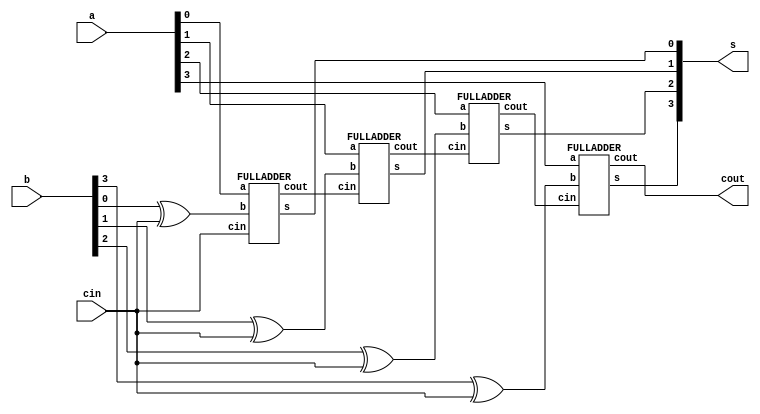
module FOURbitFULLADDER(s, cout, a, b, cin);
input [3:0] a, b;
input cin;
output [3:0] s;
output cout;

xor (bw0, b[0], cin);
xor (bw1, b[1], cin);
xor (bw2, b[2], cin);
xor (bw3, b[3], cin);
FULLADDER fa0(s[0], c1, a[0], bw0, cin);
FULLADDER fa1(s[1], c2, a[1], bw1, c1);
FULLADDER fa2(s[2], c3, a[2], bw2, c2);
FULLADDER fa3(s[3], cout, a[3], bw3, c3);

endmodule

module FULLADDER(s, cout, a, b, cin);
input a, b, cin;
output s, cout;

xor (w1, a, b);
xor (s, w1, cin);
and (w2, w1, cin);
and (w3, a, b);
or (cout, w2, w3);

endmodule

module FOURbitFULLADDER_TEST;
reg [3:0] a, b;
reg cin;
wire [3:0] s;
wire cout;

FOURbitFULLADDER ex(s, cout, a, b, cin);

initial
begin
a=4'd0; b=4'd0; cin=0;
#100 a=4'd0; b=4'd0; cin=1;
#100 a=4'd0; b=4'd1; cin=0;
#100 a=4'd1; b=4'd0; cin=1;
#100 a=4'd3; b=4'd2; cin=0;
#100 a=4'd3; b=4'd2; cin=1;
#100 a=4'd5; b=4'd4; cin=0;
#100 a=4'd5; b=4'd2; cin=1;
#100 a=4'd4; b=4'd8; cin=0;
#100 a=4'd4; b=4'd8; cin=1;
#100 a=4'd11; b=4'd4; cin=0;
#100 a=4'd11; b=4'd4; cin=1;
#100 a=4'd10; b=4'd3; cin=0;
#100 a=4'd10; b=4'd12; cin=1;
end
endmodule